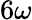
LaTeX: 6\omega